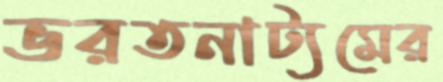
ভরতনাট্যমের